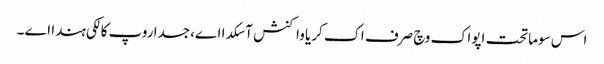
اس سوماتحت اپواک وچ صرف اک کریا واکنش آ سکدا اے، جسدا روپ کالکی ہندا اے ۔